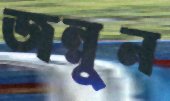
জন্নুন